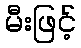
မီးဖြင့်